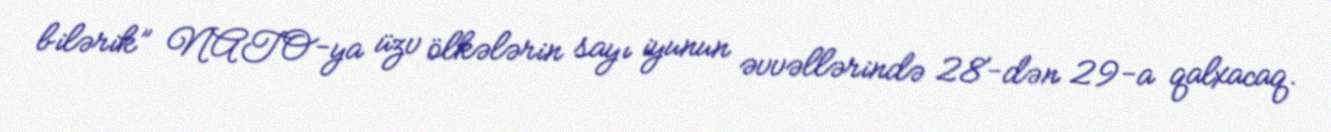
bilərik” NATO-ya üzv ölkələrin sayı iyunun əvvəllərində 28-dən 29-a qalxacaq.